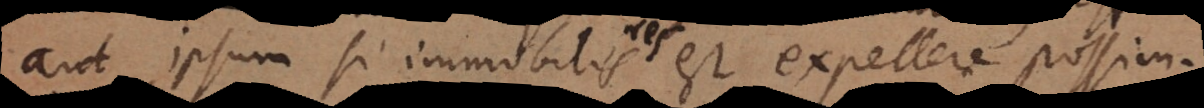
aut ipsum si immobilis est expellere possim.